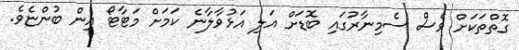
ގޮތްތަކަށް ވެސް ސެމިނާރުގައި ބޮޑަށް އަލި އަޅުވާލާނެ ކަމަށް މަޓާޓޯ އިން ބުންޏެވެ.